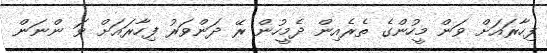
ފިހާރައަށް ވަން މީހުންގެ ތެރެއިން ދެމީހުން ރޭ ދަންވަރު ފިހާރައަށް ވަ ންނަން